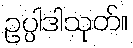
ဥပ္ပါဒါသုတ်။